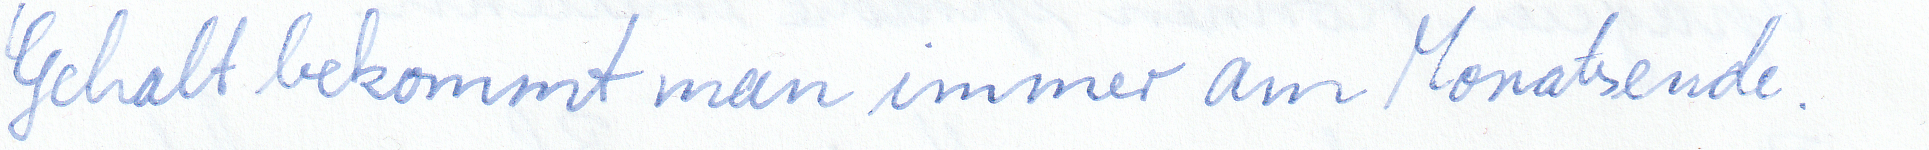
Gehalt bekommt man immer am Monatsende.